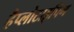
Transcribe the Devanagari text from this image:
हैप्लोटाइपिंग